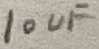
Text: 10uF